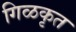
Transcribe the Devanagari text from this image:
गिळकृत